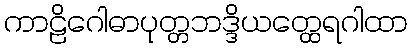
ကာဠိဂေါဓာပုတ္တဘဒ္ဒိယတ္ထေရဂါထာ